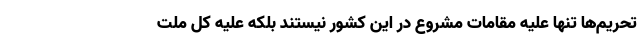
تحریم‌ها تنها علیه مقامات مشروع در این کشور نیستند بلکه علیه کل ملت